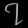
Digit: ၇